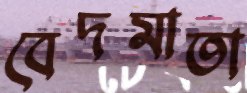
বেদমাতা